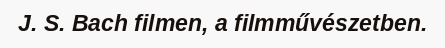
J. S. Bach filmen, a filmművészetben.